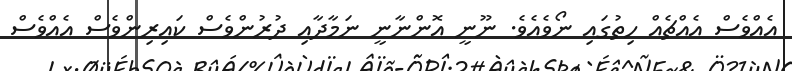
އެއްވެސް އެއްޗެއް ހިތުގައި ނޯވެއެވެ. ނޫނީ އޮންނާނީ ނަމާދާއި ދުރުންވެސް ކައިރިންވެސް އެއްވެސް